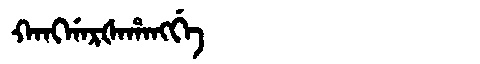
Manchu: ᡴᠠᠩᡤᠠᡵᡧᠠᡥᠠᠩᡤᡝ
Romanization: KANGGARŠAHANGGE